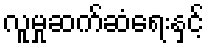
လူမှုဆက်ဆံရေးနှင့်